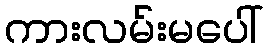
ကားလမ်းမပေါ်